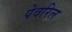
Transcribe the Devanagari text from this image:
पेवरिल